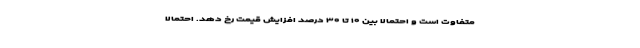
متفاوت است و احتمالا بین ۱۰ تا ۳۰ درصد افزایش قیمت رخ دهد. احتمالا